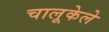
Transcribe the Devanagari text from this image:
चालूकेले